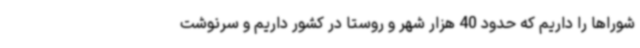
شوراها را داریم که حدود 40 هزار شهر و روستا در کشور داریم و سرنوشت